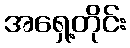
အရှေ့တိုင်း